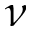
\nu